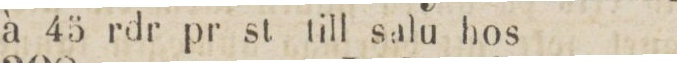
à 45 rdr pr st till salu hos